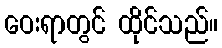
ဝေးရာတွင် ထိုင်သည်။